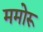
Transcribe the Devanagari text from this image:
ममोरू